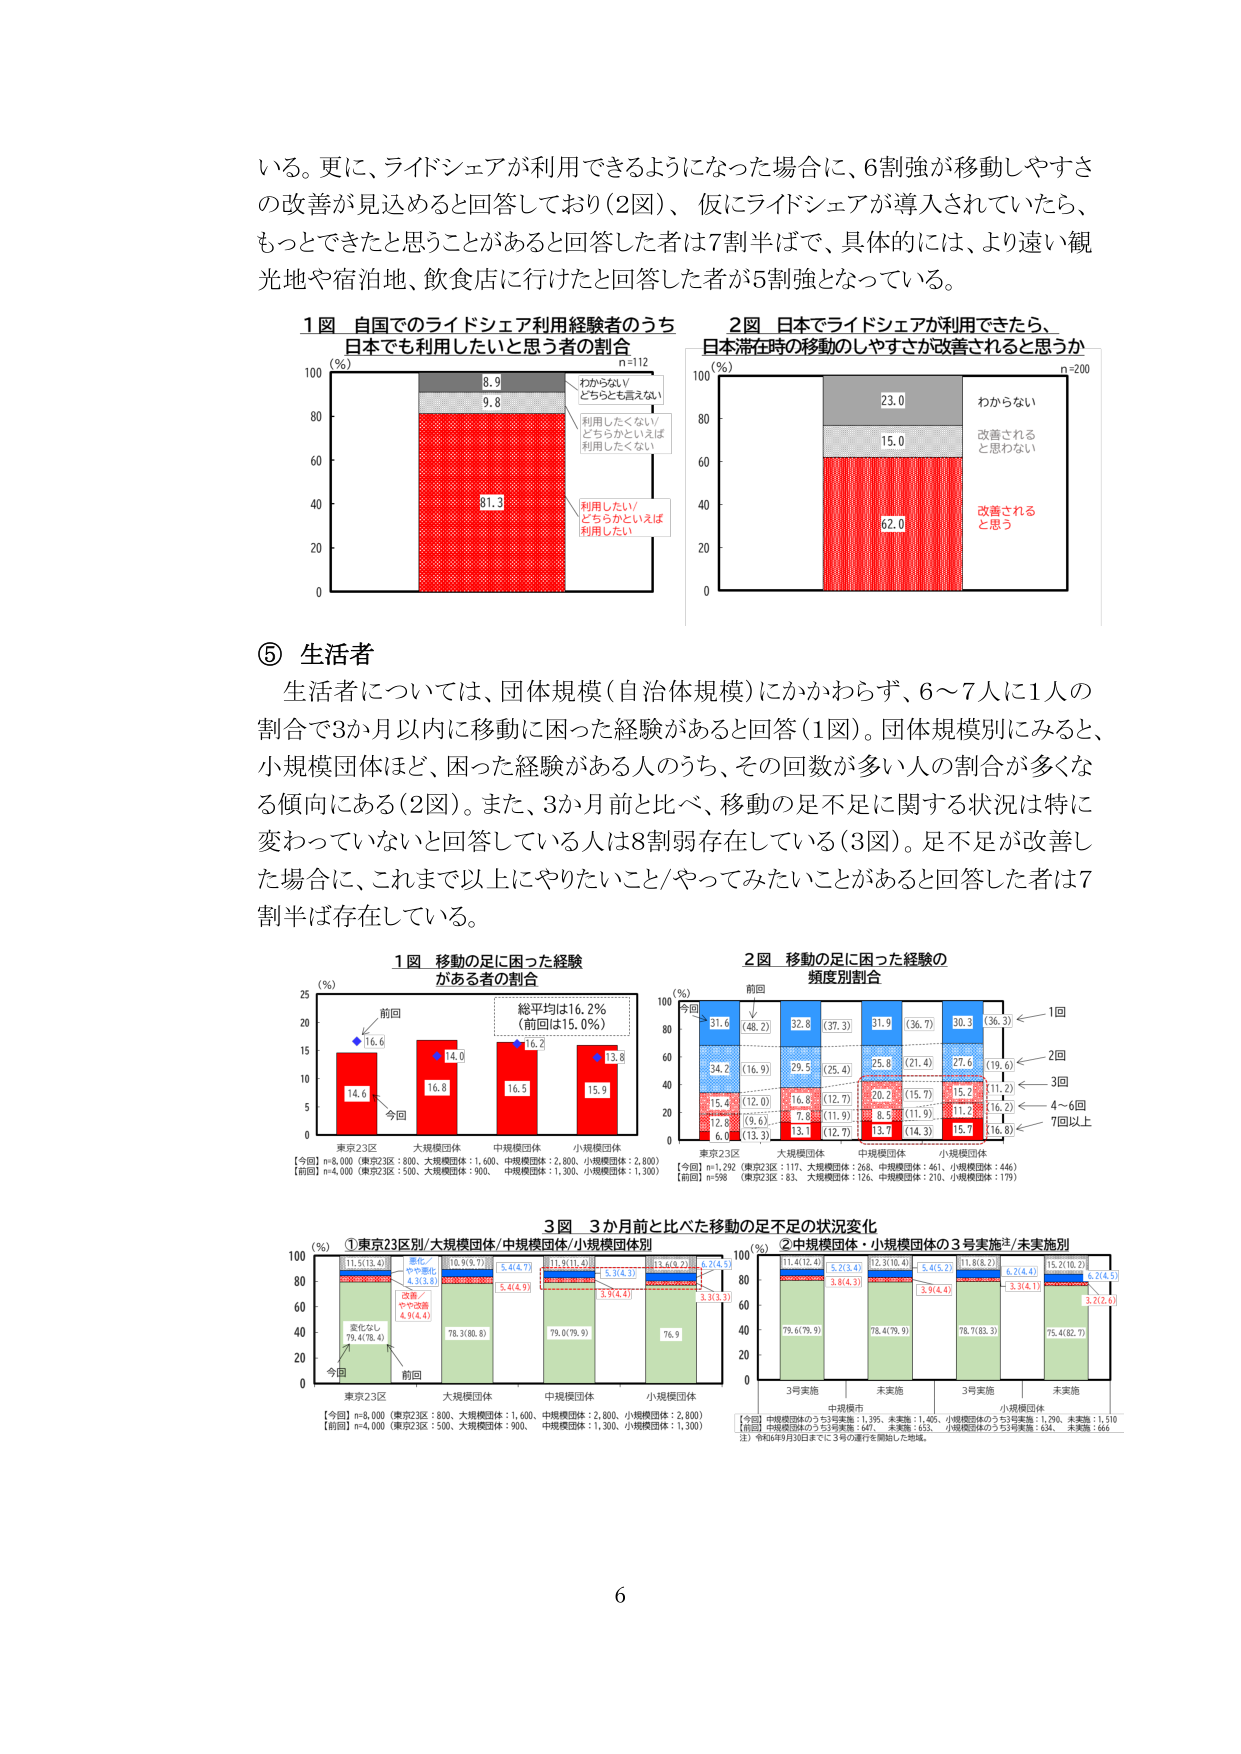
いる。更に、ライドシェアが利用できるようになった場合に、6割強が移動しやすさの改善が見込めると回答しており（2図）、仮にライドシェアが導入されていたら、もっとできたと思うことがあると回答した者は7割半ばで、具体的には、より遠い観光地や宿泊地、飲食店に行けたと回答した者が5割強となっている。

1図 自国でのライドシェア利用経験者のうち
日本でも利用したいと思う者の割合
n=112
（％）
100
80
60
40
20
0
8.9
9.8
81.3
わからない／どちらとも言えない
利用したくない／どちらかといえば利用したくない
利用したい／どちらかといえば利用したい

2図 日本でライドシェアが利用できたら、
日本滞在時の移動のしやすさが改善されると思うか
n=200
（％）
100
80
60
40
20
0
23.0
15.0
62.0
わからない
改善されると思わない
改善されると思う

⑤ 生活者
生活者については、団体規模（自治体規模）にかかわらず、6～7人に1人の割合で3か月以内に移動に困った経験があると回答（1図）。団体規模別にみると、小規模団体ほど、困った経験がある人のうち、その回数が多い人の割合が多くなる傾向にある（2図）。また、3か月前と比べ、移動の足不足に関する状況は特に変わっていないと回答している人は8割弱存在している（3図）。足不足が改善した場合に、これまで以上にやりたいこと／やってみたいことがあると回答した者は7割半ば存在している。

1図 移動の足に困った経験がある者の割合
（％）
25
20
15
10
5
0
前回
16.6
14.6
今回
16.0
16.8
16.5
13.8
東京23区 大規模団体 中規模団体 小規模団体
総平均は16.2％（前回は15.0％）
【今回】n=8,000（東京23区：800、大規模団体：1,600、中規模団体：2,800、小規模団体：2,800）
【前回】n=4,000（東京23区：500、大規模団体：900、中規模団体：1,300、小規模団体：1,300）

2図 移動の足に困った経験の頻度別割合
（％）
100
80
60
40
20
0
今回
前回
31.6
34.2
15.4
12.8
6.0
（48.2）
（16.9）
（12.0）
（9.6）
（13.3）
32.8
29.5
16.8
7.8
13.1
（37.3）
（25.4）
（12.7）
（11.9）
（12.7）
31.9
25.8
20.2
8.5
13.7
（36.7）
（27.4）
（15.7）
（11.9）
（14.3）
30.3
27.6
15.2
11.2
15.7
（36.3）
（19.6）
（11.2）
（16.2）
（16.8）
1回
2回
3回
4～6回
7回以上
東京23区 大規模団体 中規模団体 小規模団体
【今回】n=1,292（東京23区：117、大規模団体：268、中規模団体：461、小規模団体：446）
【前回】n=598（東京23区：83、大規模団体：126、中規模団体：210、小規模団体：179）

3図 3か月前と比べた移動の足不足の状況変化
（％）
①東京23区別/大規模団体/中規模団体/小規模団体別
100
80
60
40
20
0
前回
11.5(13.4)
変化なし
79.4(78.4)
改善／やや改善
4.9(4.4)
悪化／やや悪化
4.3(3.8)
10.9(9.7)
5.4(4.9)
5.4(4.9)
11.8(11.4)
5.3(4.3)
3.9(4.4)
13.4(14.2)
6.2(4.5)
3.3(3.3)
76.9
東京23区 大規模団体 中規模団体 小規模団体
【今回】n=8,000（東京23区：800、大規模団体：1,600、中規模団体：2,800、小規模団体：2,800）
【前回】n=4,000（東京23区：500、大規模団体：900、中規模団体：1,300、小規模団体：1,300）

②中規模団体・小規模団体の3号実施/未実施別
100
80
60
40
20
0
3号実施
中規模市
11.4(12.4)
79.6(79.9)
3.8(4.3)
5.2(3.4)
12.3(10.4)
78.4(79.9)
5.4(5.2)
3.9(4.4)
11.8(8.2)
78.7(83.3)
6.2(4.4)
3.3(4.1)
15.2(10.2)
75.4(82.7)
6.1(4.5)
3.2(2.6)
3号実施 未実施 3号実施 未実施
小規模団体
【今回】中規模団体のうち3号実施：1,395、未実施：1,405、小規模団体のうち3号実施：1,290、未実施：1,510
【前回】中規模団体のうち3号実施：647、未実施：653、小規模団体のうち3号実施：634、未実施：666
注）令和3年9月30日までに3号の運行を開始した地域。

6